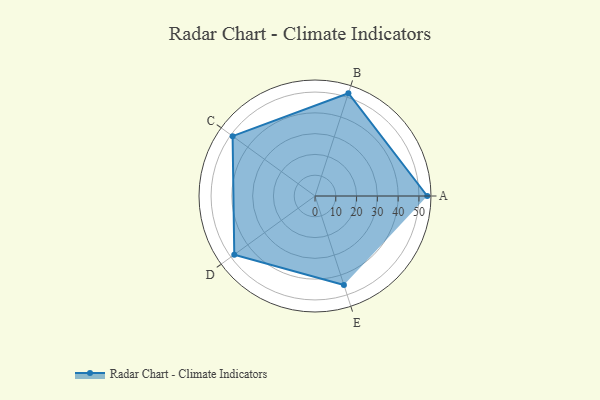
{"axis": {"x": "Skill", "y": "Score"}, "legend": ["Profile"], "data": [{"x": "A", "y": 54.0, "type": "Profile"}, {"x": "B", "y": 52.0, "type": "Profile"}, {"x": "C", "y": 49.0, "type": "Profile"}, {"x": "D", "y": 48.0, "type": "Profile"}, {"x": "E", "y": 45.0, "type": "Profile"}]}